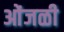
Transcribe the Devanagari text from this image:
ओंजळी